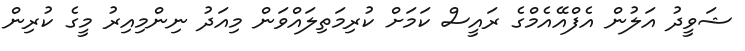
ޝަވީދު އަލުން އެފްއޭއެމްގެ ރައީސް ކަމަށް ކުރިމަތިލައްވަން މިއަދު ނިންމިއިރު މީގެ ކުރިން